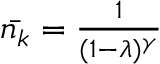
\begin{array} { r } { \bar { n _ { k } } = \frac { 1 } { ( 1 - \lambda ) ^ { \gamma } } } \end{array}